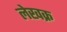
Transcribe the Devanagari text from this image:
लेखक्र